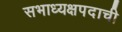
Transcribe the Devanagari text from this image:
सभाध्यक्षपदाची